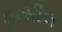
હાસીલ